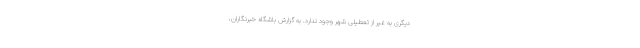
دیگری به غیر از تعطیلی شهر وجود ندارد. به گزارش باشگاه خبرنگاران،